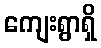
ကျေးရွာရှိ